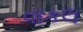
વાકલ